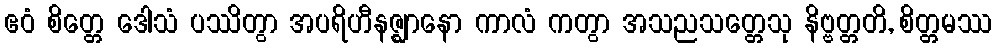
ဧဝံ စိတ္တေ ဒေါသံ ပဿိတွာ အပရိဟီနဇ္ဈာနော ကာလံ ကတွာ အသညသတ္တေသု နိဗ္ဗတ္တတိ, စိတ္တမဿ